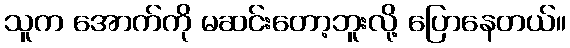
သူက အောက်ကို မဆင်းတော့ဘူးလို့ ပြောနေတယ်။